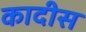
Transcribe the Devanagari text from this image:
कादीस